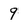
Character: 9